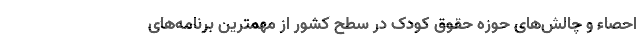
احصاء و چالش‌های حوزه حقوق کودک در سطح کشور از مهمترین برنامه‌های